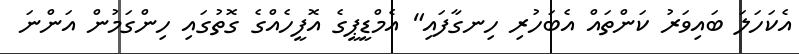
އެކަހަލަ ބައިވަރު ކަންތައް އެބަހުރި ހިނގާފައި" އެމްޑީޕީގެ އޮފީހެއްގެ ގޮތުގައި ހިންގަމުން އަންނަ